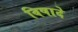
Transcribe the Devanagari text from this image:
विषादे